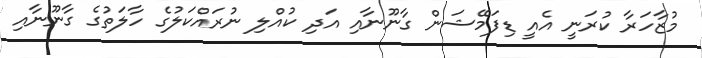
މުޒާހަރާ ކުރަނީ އެއީ ޑިފަމޭޝަން ގާނޫނާއި އަދި ކުއްލި ނުރައްކަލުގެ ހާލަތުގެ ގާނޫނާއި